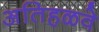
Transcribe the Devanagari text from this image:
अतिहळवे